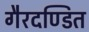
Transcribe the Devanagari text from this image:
गैरदण्डित